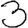
Digit: 3